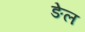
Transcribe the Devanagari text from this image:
ङेल